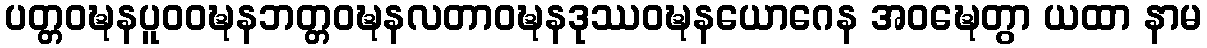
ပတ္တဝဍ္ဎနပူဝဝဍ္ဎနဘတ္တဝဍ္ဎနလတာဝဍ္ဎနဒုဿဝဍ္ဎနယောဂေန အဝဍ္ဎေတွာ ယထာ နာမ